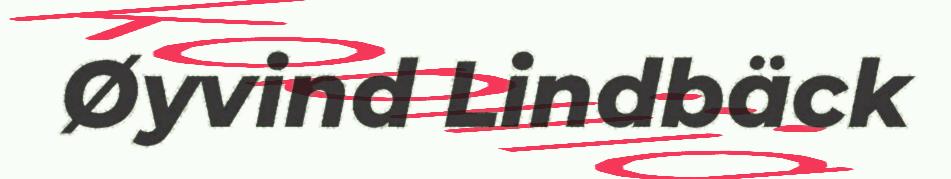
Øyvind Lindbäck